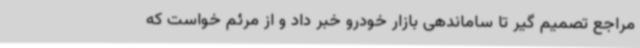
مراجع تصمیم گیر تا ساماندهی بازار خودرو خبر داد و از مرئم خواست که